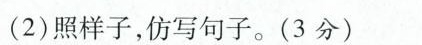
(2)照样子，仿写句子。